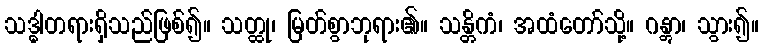
သဒ္ဓါတရားရှိသည်ဖြစ်၍။ သတ္ထု၊ မြတ်စွာဘုရား၏။ သန္တိကံ၊ အထံတော်သို့။ ဂန္တွာ၊ သွား၍။